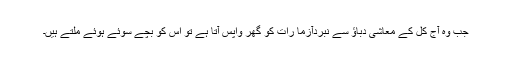
جب وہ آج کل کے معاشی دباؤ سے نبردآزما رات کو گھر واپس آتا ہے تو اس کو بچے سوئے ہوئے ملتے ہیں۔